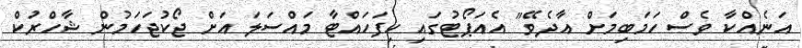
އަނެއްކާ ވެސް ހަމަބިމަށް އާދެވޭ" އެއަޕޯޓުގައި ހިފަހައްޓާ މައްސަލަ އަށް ޖޯކުޖަހަމުން ޝާހްރުކް